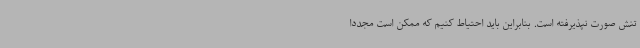
تنش صورت نپذیرفته است. بنابراین باید احتیاط کنیم که ممکن است مجددا